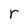
Character: r